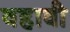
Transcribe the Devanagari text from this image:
वहावी